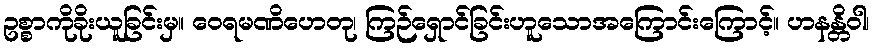
ဥစ္စာကိုခိုးယူခြင်းမှ။ ဝေရမဏိဟေတု၊ ကြဉ်ရှောင်ခြင်းဟူသောအကြောင်းကြောင့်။ ဟနန္တိဝါ၊